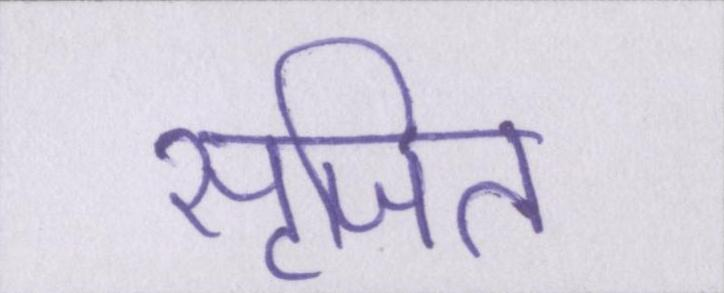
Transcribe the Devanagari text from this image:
सृजित